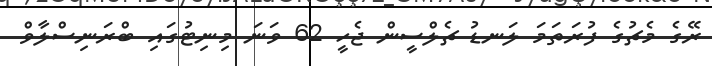
ރޭގެ މެޗުގެ ފުރަތަމަ ލަނޑު ޗެލްސީން ޖެހީ 62 ވަނަ މިނިޓުގައި ބްރަނިސްލާވް